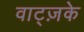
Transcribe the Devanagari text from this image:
वाट्ज़के